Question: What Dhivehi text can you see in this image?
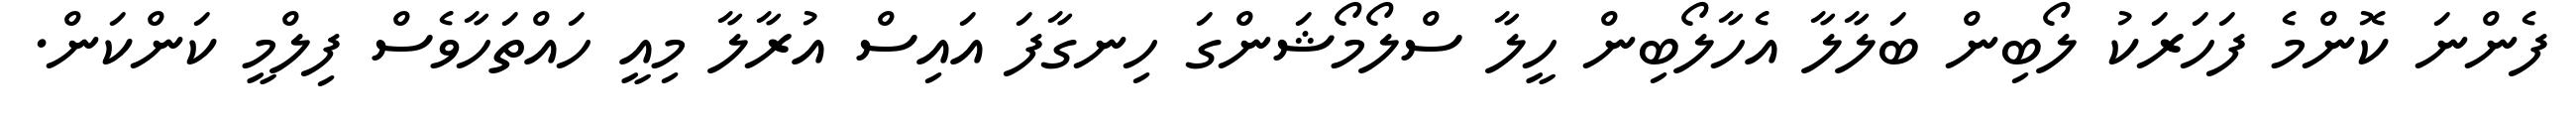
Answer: ފެންނަ ކޮންމެ ފަހަރަކު ލޯބިން ބަލާލާ އެހާލޯބިން ހީލާ ސްލޯމޯޝަންގަ ހިނގާފަ އައިސް އުރާލާ މިއީ ހައްތަހާވެސް ފިލްމީ ކަންކަން.